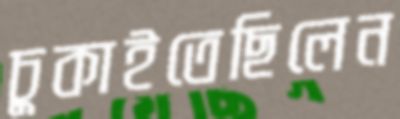
চুকাইতেছিলেন